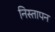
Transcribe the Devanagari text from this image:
निस्तापन